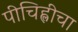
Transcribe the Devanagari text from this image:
पीचिह्लीचा